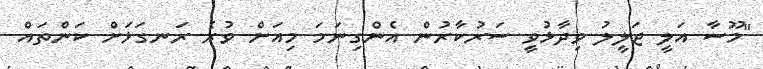
"މޫސާ އަލީ ޖަލީލު ވިދާޅުވީ ސަރުކާރުން އެންގިނަމަ މިއަށް ވުރެ ރަނގަޅަށް ކަންތައް